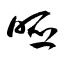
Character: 啞